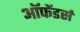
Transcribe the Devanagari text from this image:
ऑफेंडर्स